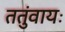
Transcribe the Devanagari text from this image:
ततुंवायः